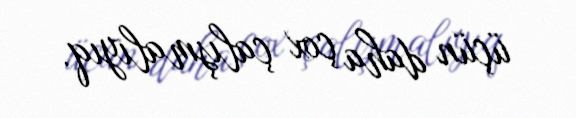
üçün daha çox çalışmalıyıq.